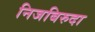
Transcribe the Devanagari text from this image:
निजबिरुदा